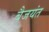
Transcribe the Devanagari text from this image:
बैजयंत